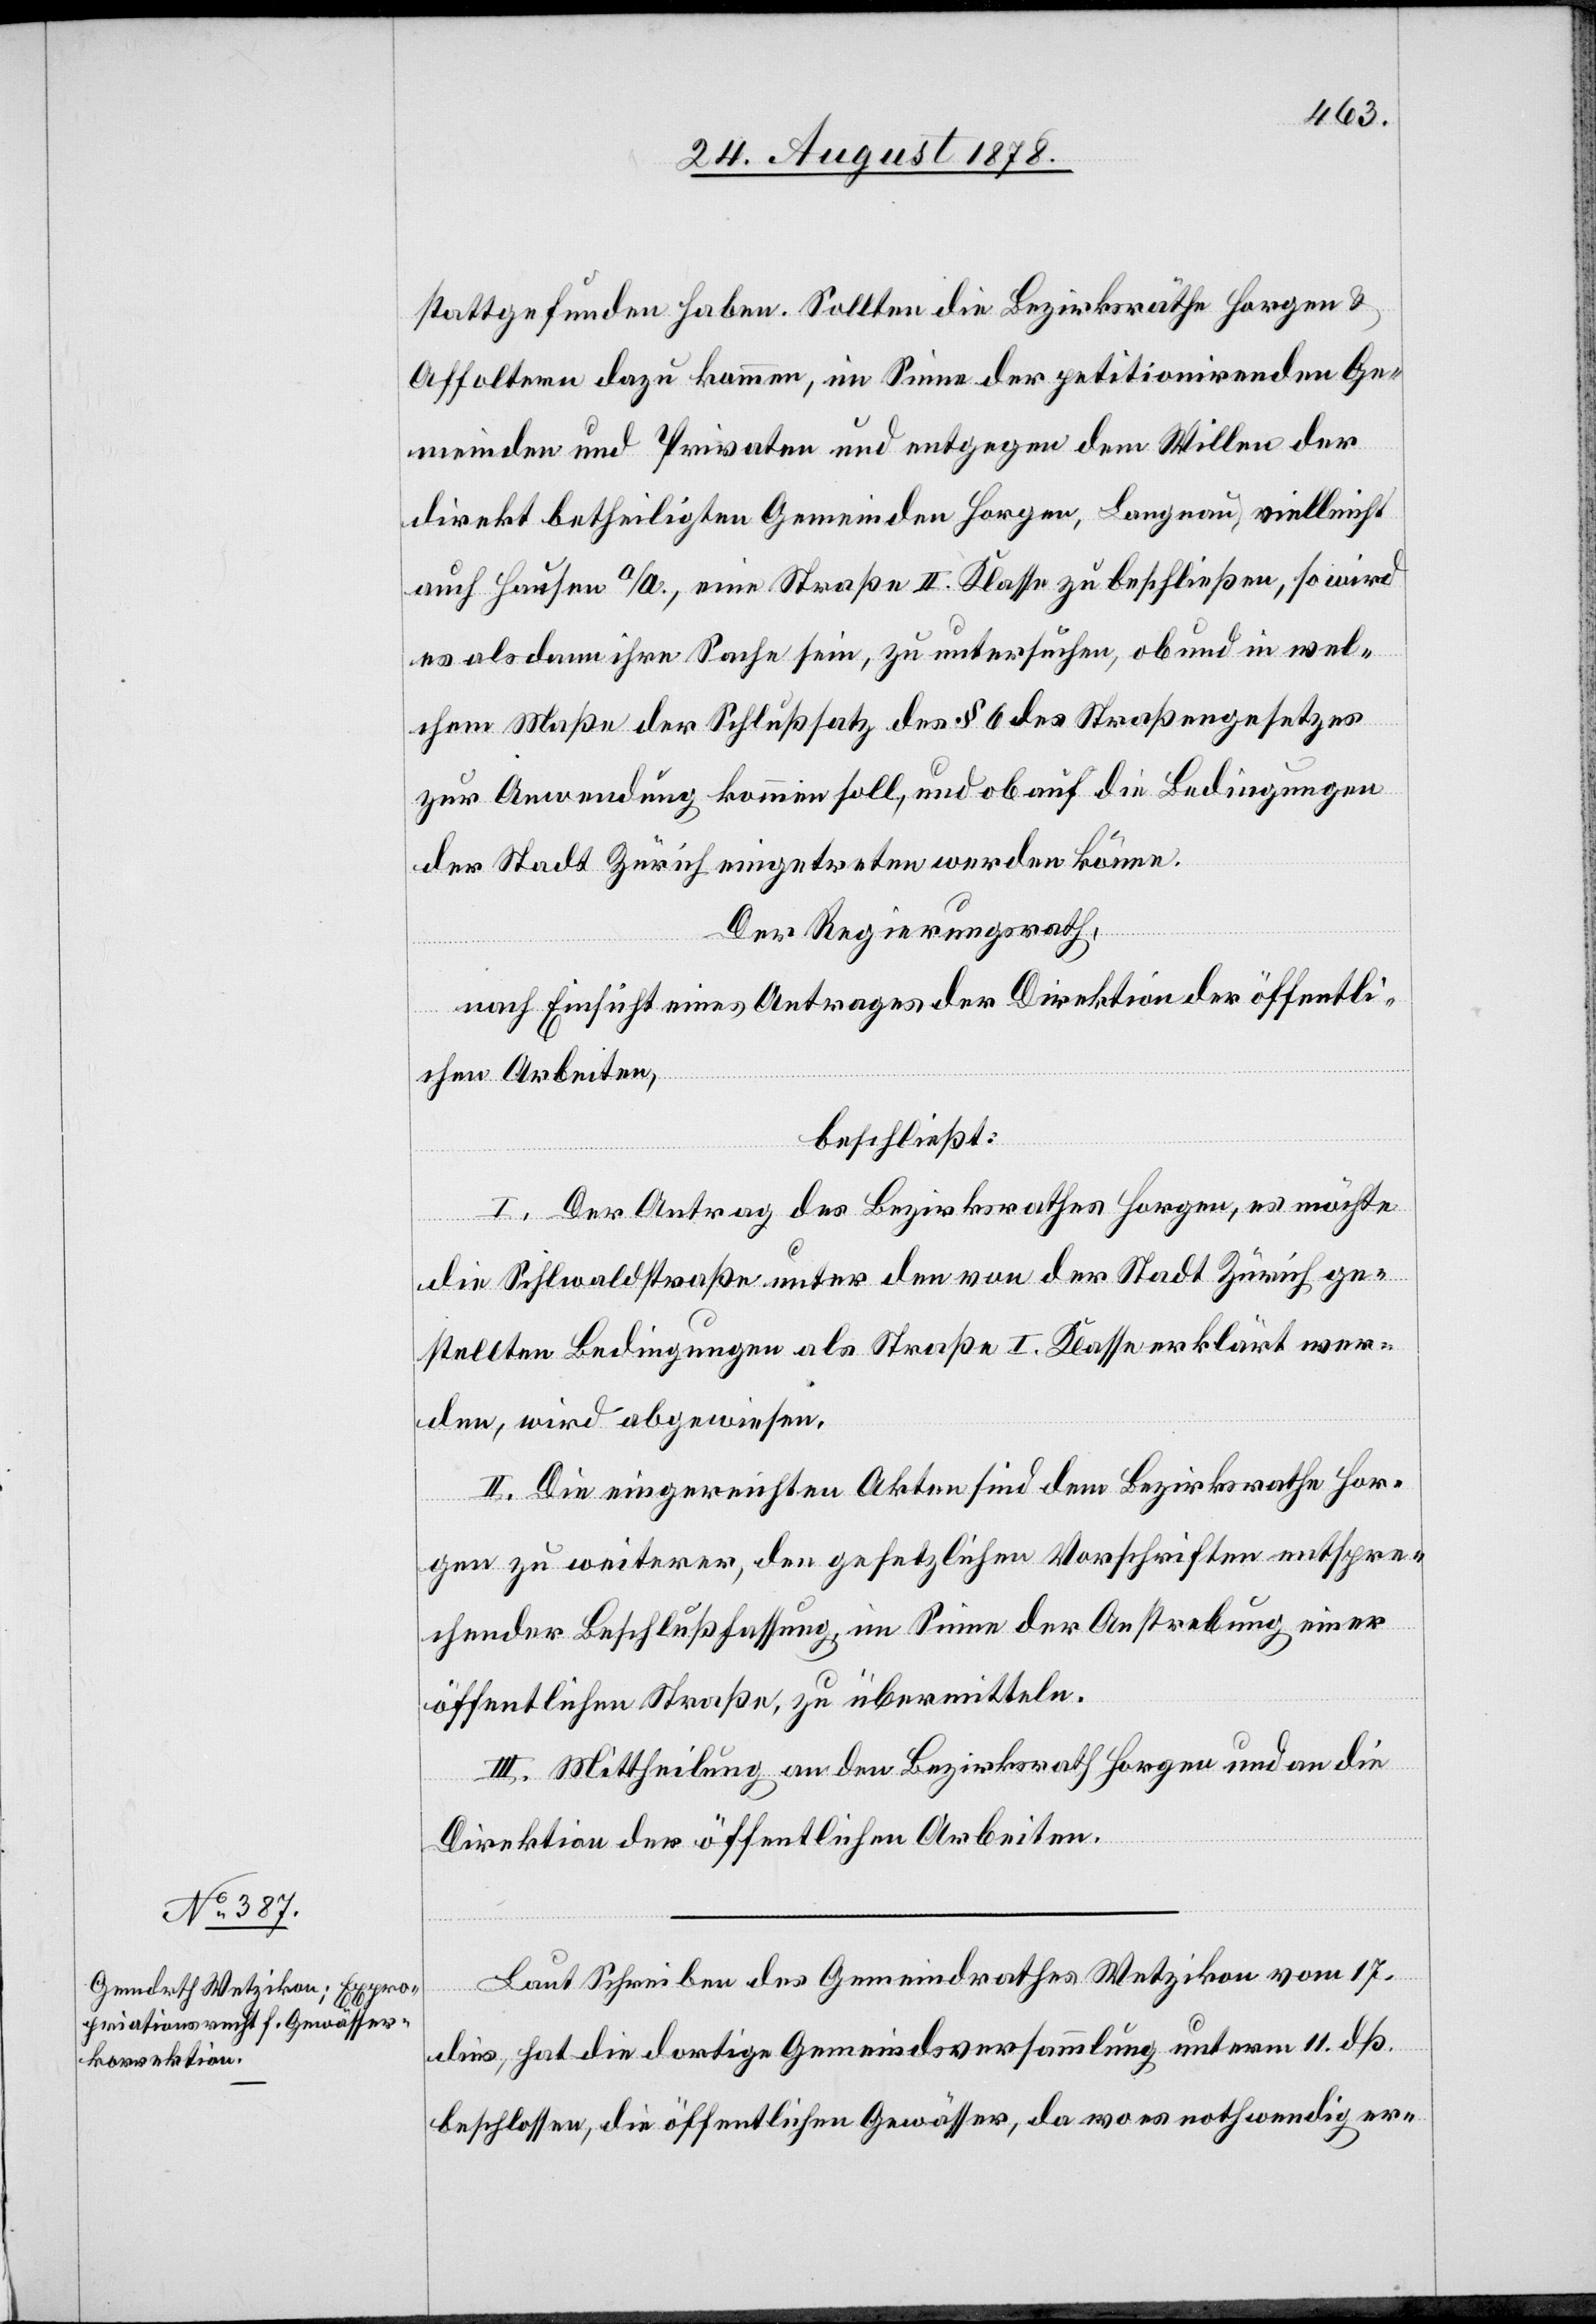
stattgefunden haben. Sollten die Bezirksräthe Horgen &
Affoltern dazu kommen, im Sinne der petitionirenden Ge¬
meinden und Privaten und entgegen dem Willen der
direkt betheiligten Gemeinden Horgen, Langnau, vielleicht
auch Hausen a/A., eine Straße II. Klasse zu beschließen, so wird
es alsdann ihre Sache sein, zu untersuchen, ob und in wel¬
chem Maße der Schlußsatz des § 6 des Straßengesetzes
zur Anwendung kommen soll, und ob auf die Bedingungen
der Stadt Zürich eingetreten werden könne.
Der Regierungsrath,
nach Einsicht eines Antrages der Direktion der öffentli¬
chen Arbeiten,
beschließt:
I. Der Antrag des Bezirksrathes Horgen, es möchte
die Sihlwaldstraße unter den von der Stadt Zürich ge¬
stellten Bedingungen als Straße I. Klasse erklärt wer¬
den, wird abgewiesen.
II. Die eingereichten Akten sind dem Bezirksrathe Hor¬
gen zu weiterer, den gesetzlichen Vorschriften entspre¬
chender Beschlussfassung im Sinne der Anstrebung einer
öffentlichen Straße, zu übermitteln.
III. Mittheilung an den Bezirksrath Horgen und an die
Direktion der öffentlichen Arbeiten.
Laut Schreiben des Gemeindrathes Wetzikon vom 17.
dies, hat die dortige Gemeindsversammlung unterm 11. dß.
beschlossen, die öffentlichen Gewässer, da wo es nothwendig er-